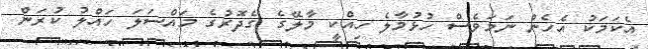
އެކަމަކު އެހެން ނަމަވެސް ހުޅުމާލެ ހިއްކީ މާލޭގެ ގެދޮރުގެ މައްސަލަ ހައްލު ކުރަން